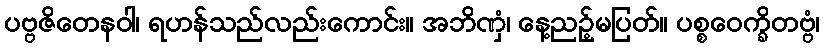
ပဗ္ဗဇိတေနဝါ၊ ရဟန်သည်လည်းကောင်း။ အဘိဏှံ၊ နေ့ညဉ့်မပြတ်။ ပစ္စဝေက္ခိတဗ္ဗံ၊